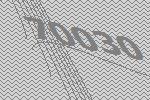
70030